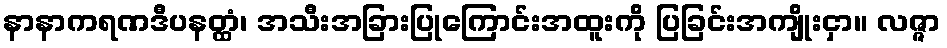
နာနာကရဏဒီပနတ္ထံ၊ အသီးအခြားပြုကြောင်းအထူးကို ပြခြင်းအကျိုးငှာ။ လဇ္ဇာ